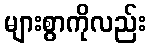
များစွာကိုလည်း